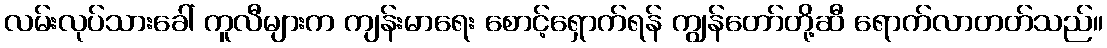
လမ်းလုပ်သားခေါ် ကူလီများက ကျန်းမာရေး စောင့်ရှောက်ရန် ကျွန်တော်တို့ဆီ ရောက်လာတတ်သည်။